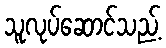
သူလုပ်ဆောင်သည့်